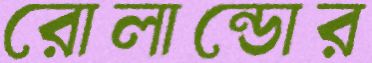
রোলান্ডোর